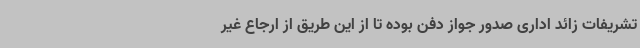
تشریفات زائد اداری صدور جواز دفن بوده تا از این طریق از ارجاع غیر